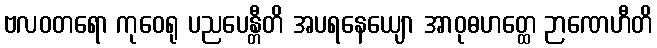
ဗလဝတရော ကုဝေရု ပညပေန္တီတိ အပရနေယျော အာဝုဓဟတ္ထေ ဉာဏေဟီတိ